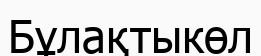
Бұлақтыкөл